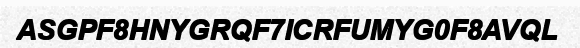
ASGPF8HNYGRQF7ICRFUMYG0F8AVQL